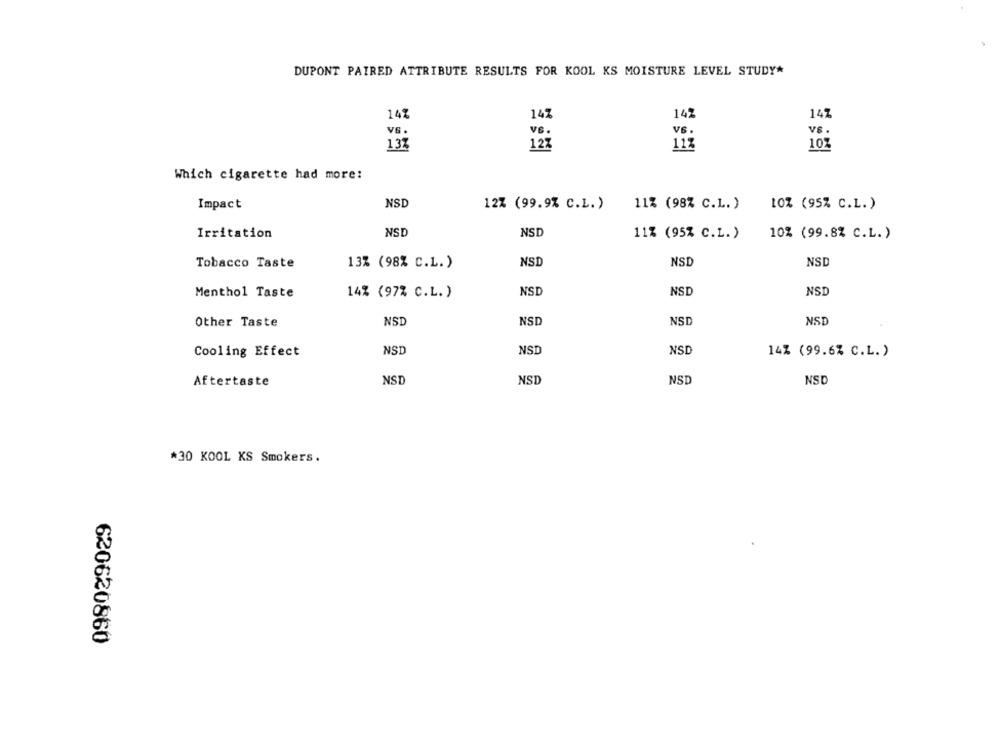
DUPONT PAIRED ATTRIBUTE RESULTS FOR KOOL KS MOISTURE LEVEL STUDY*
142
14%
147
14%
V6.
vs.
vs.
13%
12%
11%
107
Which cigarette had more:
Impact
NSD
12% (99.9% C.L.)
11% (98% C.L.)
1OZ (95% C.L.)
NSD
NSD
Irritation
11% (95% C.L.)
10% (99.8% C.L.)
NSI
NSD
NSD
Tobacco Taste
13% (98% C.L.)
14% (97% C.L. )
NSD
NSD
NSD
Menthol Taste
Other Taste
NSI
NSI
NSD
NSD
Cooling Effect
NSD
NSI
NSD
14% (99.6% C.L.)
Aftertaste
NST
NSD
NSD
NSD
*30 KOOL KS Smokers.
620620860